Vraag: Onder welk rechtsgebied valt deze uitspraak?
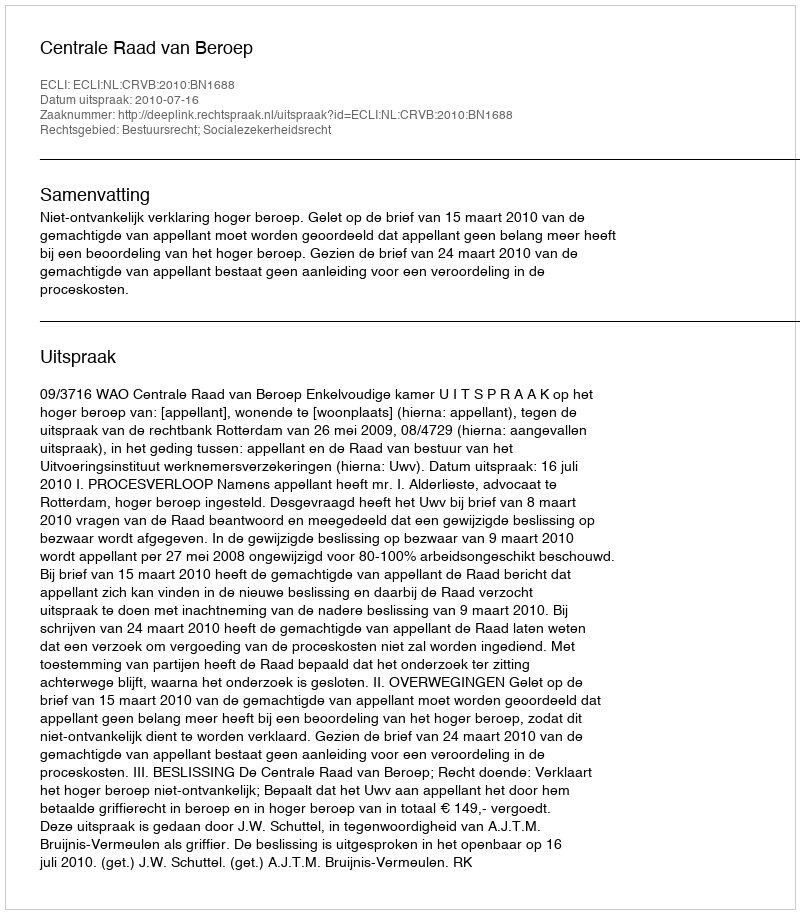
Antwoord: Bestuursrecht; Socialezekerheidsrecht